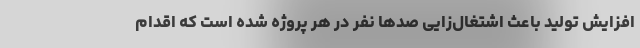
افزایش تولید باعث اشتغال‌زایی صدها نفر در هر پروژه شده است که اقدام